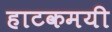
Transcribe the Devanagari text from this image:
हाटकमयी